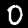
Label: 0